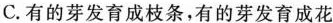
C.有的芽发育成枝条，有的芽发育成花